King Institute of Preventive Medicine Bacteriolog. Section reports 1907-08
Year: 1907
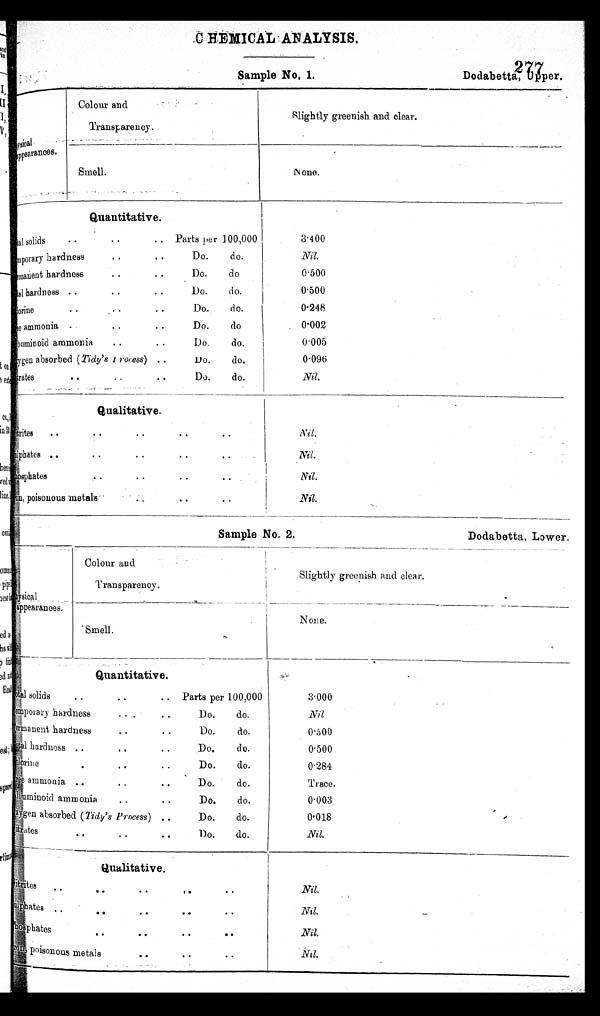
Sample No, 1.
Dodabetta,Upper,
Sample No. 2.
Dodabetta, Lower.
CHEMICAL ANALYSIS.
pysical
appearances.
Colour and
Transpareney.
Slightly greenish and clear.
_
Smell.
None.
Quantitative.
T o t a l
s o l i d s
. .
. .
P a r t s p e r 1 0 0 , 0 0 0
Temporary hardness
• •
• •
Do.
do.
permanent hardness
..
• •
Do.
d o
Total hardness ..
• •
..
Do.
do,
cholrine
..
• •
Do.
d o.
ammonia -
..
..
Do.
do
Abumninoid ammonia.
• •
• •
Do.
do.
oxygen absorbed (Tody's Proces)
..
Do.
do.
Nitrate
.
..
..
Do.
do.
3.400
N i l .
0.500
0.500
0.248
0.002
i
0.005
1
0.096
Nil.
Qualitative.
Nitrites
.. .. .. .. ..
Sulphates
. . . .
Phosphates
. . . . I r o n , p o i s o n o u s m e t a l s . .
Nil.
Nil.
1
Nil.
N i l .
pysical Appearances.
Colour and
Transparency.
Slightly greenish and clear.
.
.
'Smell.
None.
Quantitative.
T o t a l s o l i d s
. .
. .
. .
P a r t s p e r 1 0 0 , 0 0 0
Temporary hardness.. ..
Do.
do.
permanent hardness
..
..
Do.
do.
Total
hardness ..
..
..
Do.
do.
chlorine
. . .. .. Do. do.
ammonia ..
..
..
Do.
do.
Albuminoid ammonia
..
• •
Do.
do.
oxygen absorbed (Tidy's Process)
Do.
do.
Nitrates
3.000
Nil
0300
0'500
0 . 2 8 4
Trace.
0.003
0.018
Nil.
Qualitative.
Nitrites
.. .. .. .. ..
Sulphates
.. .. .. .. P h o s p h a t e s
. . . . . . . . I r on, p oi s onous me t a l s . . . . . .
Nil.
Nil.
Nil.
Nil.